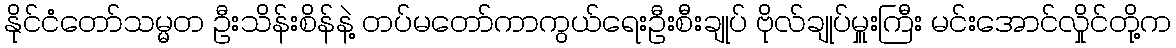
နိုင်ငံတော်သမ္မတ ဦးသိန်းစိန်နဲ့ တပ်မတော်ကာကွယ်ရေးဦးစီးချုပ် ဗိုလ်ချုပ်မှူးကြီး မင်းအောင်လှိုင်တို့က